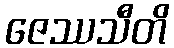
ဇေဿသီတိ